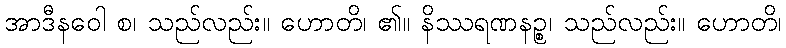
အာဒီနဝေါ စ၊ သည်လည်း။ ဟောတိ၊ ၏။ နိဿရဏနဉ္စ၊ သည်လည်း။ ဟောတိ၊